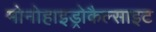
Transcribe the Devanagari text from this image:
मोनोहाइड्रोकैल्साइट